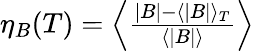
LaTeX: \begin{array}{r}{\eta_{B}(T)=\left\langle\frac{|B|-\langle|B|\rangle_{T}}{\langle|B|\rangle}\right\rangle}\end{array}